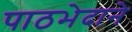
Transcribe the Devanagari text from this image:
पाठभेदाने